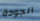
الجودة